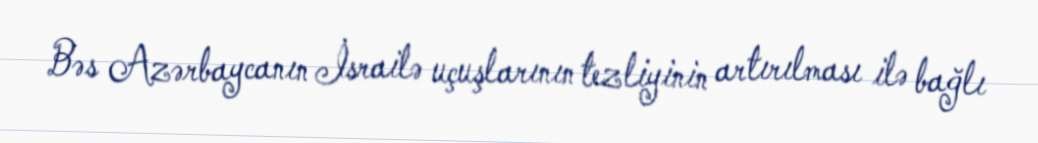
Bəs Azərbaycanın İsrailə uçuşlarının tezliyinin artırılması ilə bağlı